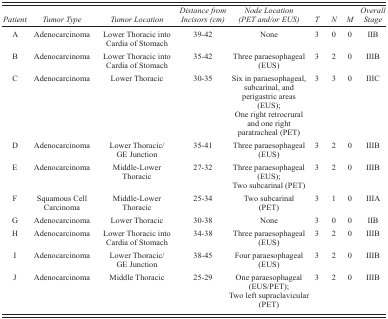
<table><thead><tr><td><b><i>Patient</i></b></td><td><b><i>Tumor Type</i></b></td><td><b><i>Tumor Location</i></b></td><td><b><i>Distance from Incisors (cm)</i></b></td><td><b><i>Node Location (PET and/or EUS)</i></b></td><td><b><i>T</i></b></td><td><b><i>N</i></b></td><td><b><i>M</i></b></td><td><b><i>Overall Stage</i></b></td></tr></thead><tbody><tr><td>A</td><td>Adenocarcinoma</td><td>Lower Thoracic into Cardia of Stomach</td><td>39–42</td><td>None</td><td>3</td><td>0</td><td>0</td><td>IIB</td></tr><tr><td>B</td><td>Adenocarcinoma</td><td>Lower Thoracic into Cardia of Stomach</td><td>35‐42</td><td>Three paraesophageal (EUS)</td><td>3</td><td>2</td><td>0</td><td>IIIB</td></tr><tr><td>C</td><td>Adenocarcinoma</td><td>Lower Thoracic</td><td>30–35</td><td>Six in paraesophageal, subcarinal, and perigastric areas (EUS); One right retrocrural and one right paratracheal (PET)</td><td>3</td><td>3</td><td>0</td><td>IIIC</td></tr><tr><td>D</td><td>Adenocarcinoma</td><td>Lower Thoracic/GE Junction</td><td>35–41</td><td>Three paraesophageal (EUS)</td><td>3</td><td>2</td><td>0</td><td>IIIB</td></tr><tr><td>E</td><td>Adenocarcinoma</td><td>Middle‐Lower Thoracic</td><td>27–32</td><td>Three paraesophageal (EUS); Two subcarinal (PET)</td><td>3</td><td>2</td><td>0</td><td>IIIB</td></tr><tr><td>F</td><td>Squamous Cell Carcinoma</td><td>Middle‐Lower Thoracic</td><td>25‐34</td><td>Two subcarinal (PET)</td><td>3</td><td>1</td><td>0</td><td>IIIA</td></tr><tr><td>G</td><td>Adenocarcinoma</td><td>Lower Thoracic</td><td>30–38</td><td>None</td><td>3</td><td>0</td><td>0</td><td>IIB</td></tr><tr><td>H</td><td>Adenocarcinoma</td><td>Lower Thoracic into Cardia of Stomach</td><td>34–38</td><td>Three paraesophageal (EUS)</td><td>3</td><td>2</td><td>0</td><td>IIIB</td></tr><tr><td>I</td><td>Adenocarcinoma</td><td>Lower Thoracic/GE Junction</td><td>38–45</td><td>Four paraesophageal (EUS)</td><td>3</td><td>2</td><td>0</td><td>IIIB</td></tr><tr><td>J</td><td>Adenocarcinoma</td><td>Middle Thoracic</td><td>25‐29</td><td>One paraesophageal (EUS/PET); Two left supraclavicular (PET)</td><td>3</td><td>2</td><td>0</td><td>IIIB</td></tr></tbody></table>